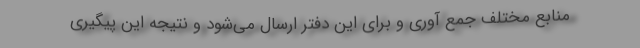
منابع مختلف جمع آوری و برای این دفتر ارسال می‌شود و نتیجه این پیگیری